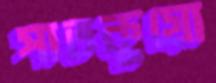
পাতকুয়ো